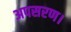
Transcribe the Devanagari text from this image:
अपसरण।